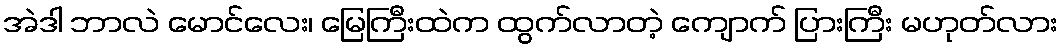
အဲဒါ ဘာလဲ မောင်လေး၊ မြေကြီးထဲက ထွက်လာတဲ့ ကျောက် ပြားကြီး မဟုတ်လား